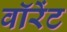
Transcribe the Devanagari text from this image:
वॉरेंट